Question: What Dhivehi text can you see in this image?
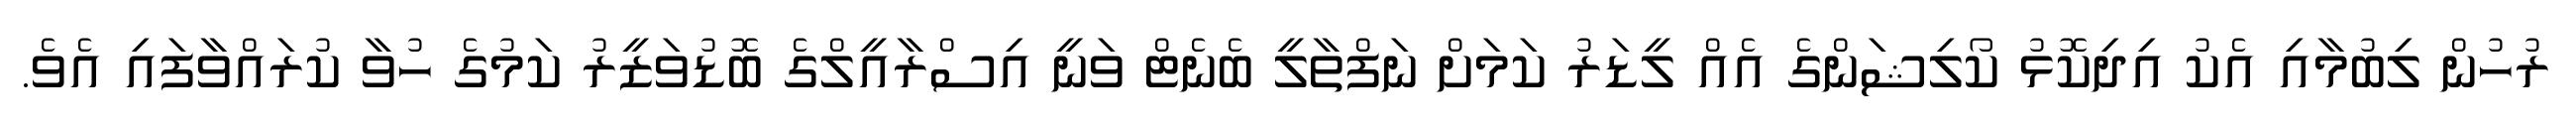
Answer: ރުހުން ލިބުމާއި އެކު އިދިކޮޅު ކޯލިޝަންގެ އެއް ލީޑަރު ކަމަށް ނަފްތާލީ ބެނެޓް ވަނީ އިސްރާއީލްގެ ބޮޑުވަޒީރު ކަމުގެ ހުވާ ކުރައްވާފައި އެވެ.